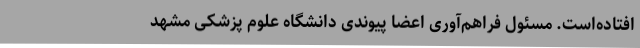
افتاده‌است. مسئول فراهم‌آوری اعضا پیوندی دانشگاه علوم پزشکی مشهد